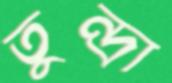
তুন্দ্রা